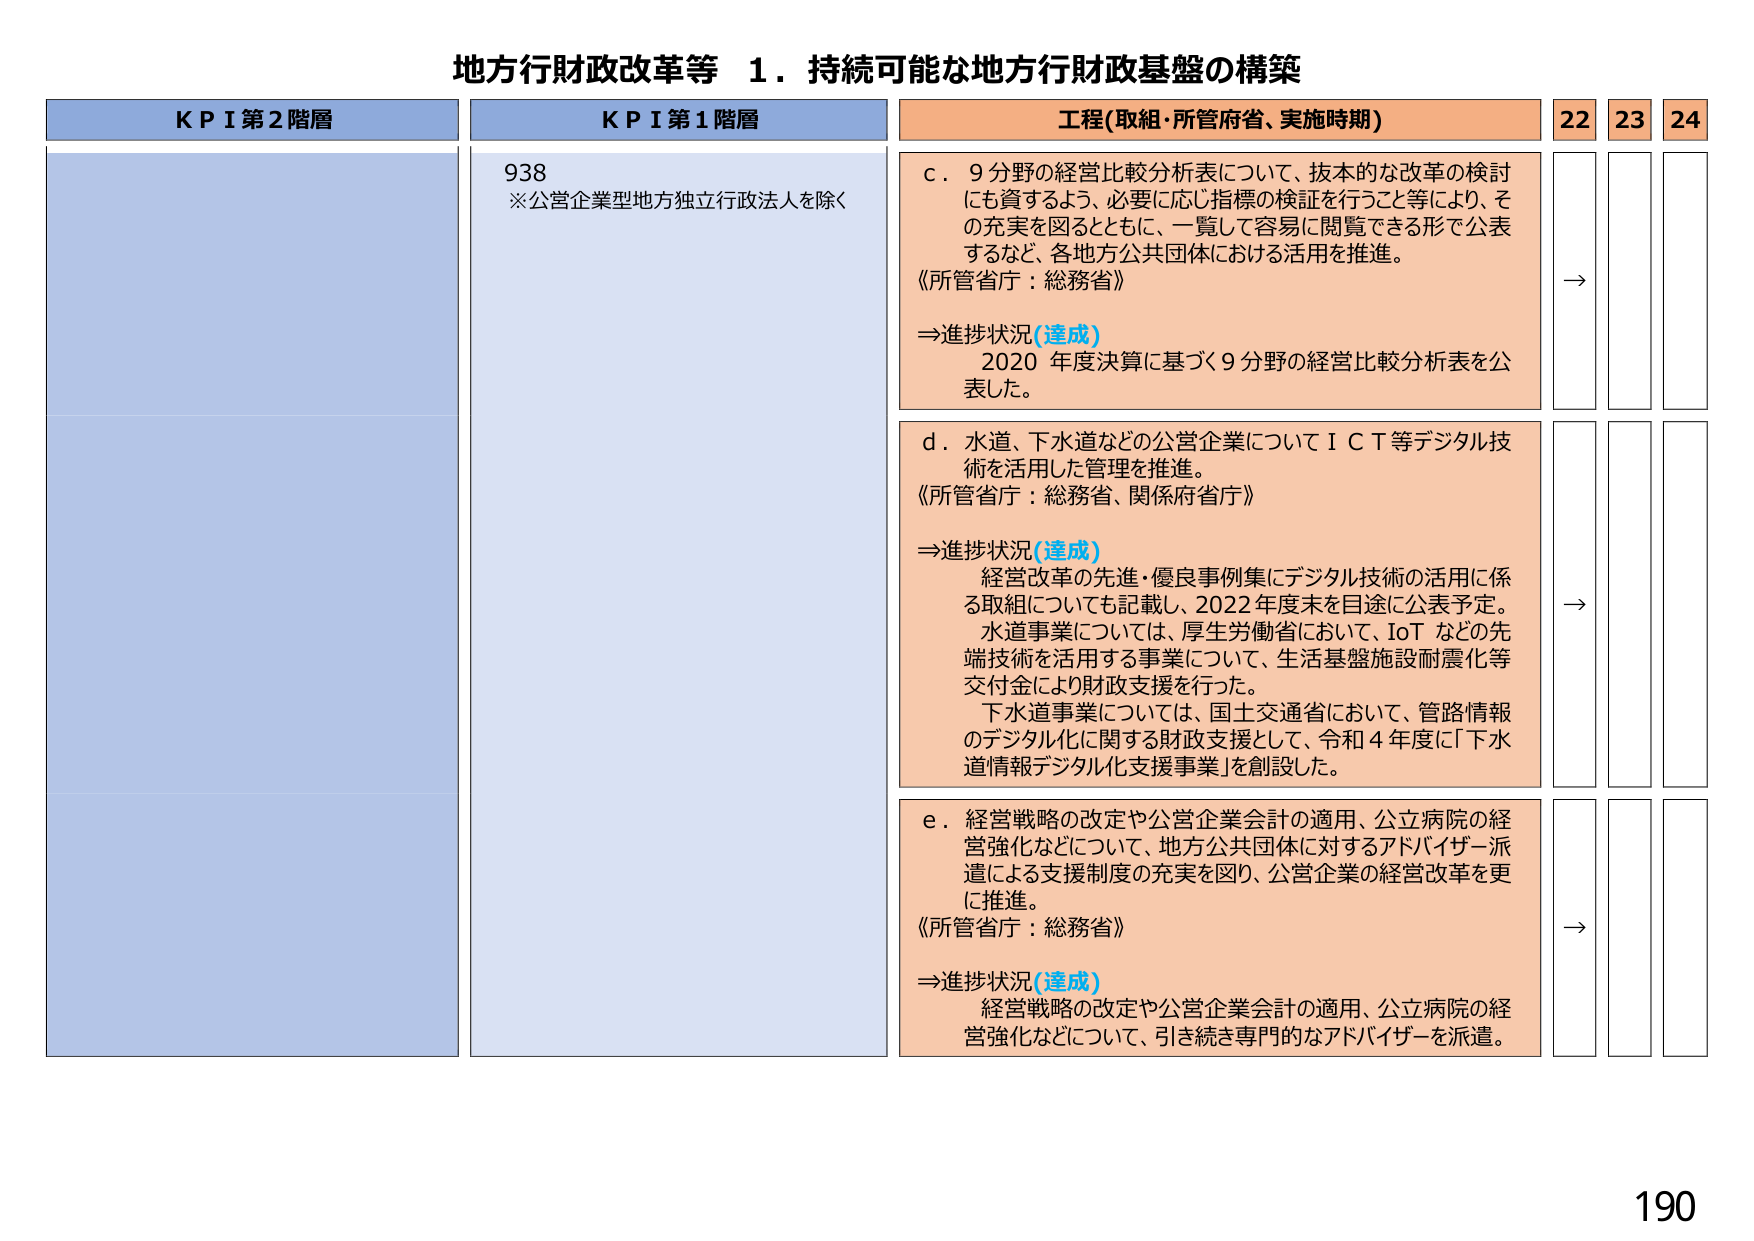
地方行財政改革等 １．持続可能な地方行財政基盤の構築

KPI第2階層
KPI第1階層
工程(取組・所管府省、実施時期)
22
23
24

938
※公営企業型地方独立行政法人を除く

c．9分野の経営比較分析表について、抜本的な改革の検討にも資するよう、必要に応じ指標の検証を行うこと等により、その充実を図るとともに、一覧して容易に閲覧できる形で公表するなど、各地方公共団体における活用を推進。
《所管省庁：総務省》
⇒進捗状況(達成)
2020年度決算に基づく9分野の経営比較分析表を公表した。

→

d．水道、下水道などの公営企業についてICT等デジタル技術を活用した管理を推進。
《所管省庁：総務省、関係府省庁》
⇒進捗状況(達成)
経営改革の先進・優良事例集にデジタル技術の活用に係る取組についても記載し、2022年度末を目途に公表予定。
水道事業については、厚生労働省において、IoTなどの先端技術を活用する事業について、生活基盤施設耐震化等交付金により財政支援を行った。
下水道事業については、国土交通省において、管路情報のデジタル化に関する財政支援として、令和4年度に「下水道情報デジタル化支援事業」を創設した。

→

e．経営戦略の改定や公営企業会計の適用、公立病院の経営強化などについて、地方公共団体に対するアドバイザー派遣による支援制度の充実を図り、公営企業の経営改革を更に推進。
《所管省庁：総務省》
⇒進捗状況(達成)
経営戦略の改定や公営企業会計の適用、公立病院の経営強化などについて、引き続き専門的なアドバイザーを派遣。

→

190